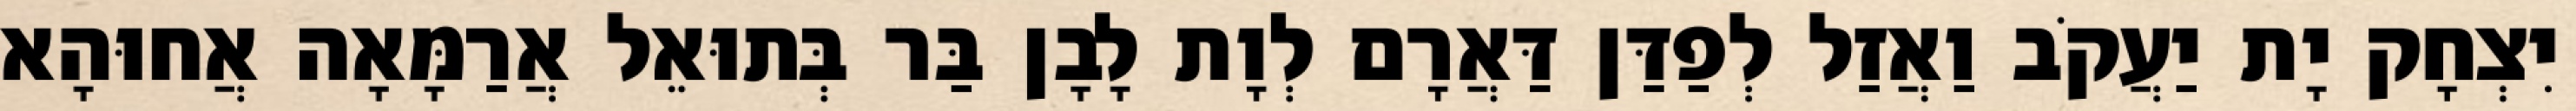
יִצְחָק יָת יַעֲקֹב וַאֲזַל לְפַדַּן דַּאֲרָם לְוָת לָבָן בַּר בְּתוּאֵל אֲרַמָּאָה אֲחוּהָא